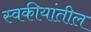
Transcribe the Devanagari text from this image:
स्वकीयांतील